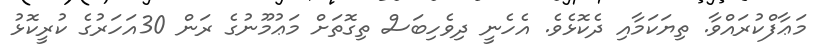
މަޢާފްކުރައްވާ. ތިޔަކަމާއި ދެކޮޅެވެ. އެހެނީ ދިވެހިބަސް ތިގޮތަށް މަޢުމޫނުގެ ރަން 30އަހަރުގެ ކުރީކޮޅު